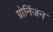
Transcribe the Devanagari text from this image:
ग्रोनिंजन